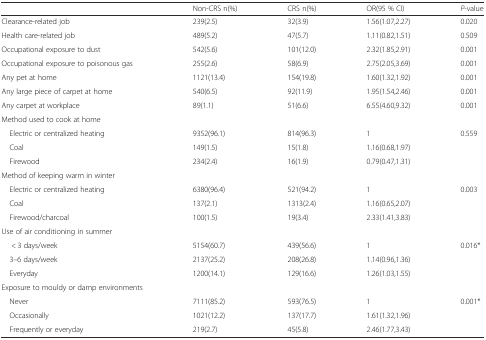
<table><thead><tr><td></td><td><b>Non-CRS n(%)</b></td><td><b>CRS n(%)</b></td><td><b>OR(95 % CI)</b></td><td><b><i>P</i>-value</b></td></tr></thead><tbody><tr><td>Clearance-related job</td><td>239(2.5)</td><td>32(3.9)</td><td>1.56(1.07,2.27)</td><td>0.020</td></tr><tr><td>Health care-related job</td><td>489(5.2)</td><td>47(5.7)</td><td>1.11(0.82,1.51)</td><td>0.509</td></tr><tr><td>Occupational exposure to dust</td><td>542(5.6)</td><td>101(12.0)</td><td>2.32(1.85,2.91)</td><td>0.001</td></tr><tr><td>Occupational exposure to poisonous gas</td><td>255(2.6)</td><td>58(6.9)</td><td>2.75(2.05,3.69)</td><td>0.001</td></tr><tr><td>Any pet at home</td><td>1121(13.4)</td><td>154(19.8)</td><td>1.60(1.32,1.92)</td><td>0.001</td></tr><tr><td>Any large piece of carpet at home</td><td>540(6.5)</td><td>92(11.9)</td><td>1.95(1.54,2.46)</td><td>0.001</td></tr><tr><td>Any carpet at workplace</td><td>89(1.1)</td><td>51(6.6)</td><td>6.55(4.60,9.32)</td><td>0.001</td></tr><tr><td>Method used to cook at home</td><td></td><td></td><td></td><td></td></tr><tr><td> Electric or centralized heating</td><td>9352(96.1)</td><td>814(96.3)</td><td>1</td><td>0.559</td></tr><tr><td> Coal</td><td>149(1.5)</td><td>15(1.8)</td><td>1.16(0.68,1.97)</td><td></td></tr><tr><td> Firewood</td><td>234(2.4)</td><td>16(1.9)</td><td>0.79(0.47,1.31)</td><td></td></tr><tr><td>Method of keeping warm in winter</td><td></td><td></td><td></td><td></td></tr><tr><td> Electric or centralized heating</td><td>6380(96.4)</td><td>521(94.2)</td><td>1</td><td>0.003</td></tr><tr><td> Coal</td><td>137(2.1)</td><td>1313(2.4)</td><td>1.16(0.65,2.07)</td><td></td></tr><tr><td> Firewood/charcoal</td><td>100(1.5)</td><td>19(3.4)</td><td>2.33(1.41,3.83)</td><td></td></tr><tr><td>Use of air conditioning in summer</td><td></td><td></td><td></td><td></td></tr><tr><td>&lt; 3 days/week</td><td>5154(60.7)</td><td>439(56.6)</td><td>1</td><td>0.016*</td></tr><tr><td> 3–6 days/week</td><td>2137(25.2)</td><td>208(26.8)</td><td>1.14(0.96,1.36)</td><td></td></tr><tr><td> Everyday</td><td>1200(14.1)</td><td>129(16.6)</td><td>1.26(1.03,1.55)</td><td></td></tr><tr><td>Exposure to mouldy or damp environments</td><td></td><td></td><td></td><td></td></tr><tr><td> Never</td><td>7111(85.2)</td><td>593(76.5)</td><td>1</td><td>0.001*</td></tr><tr><td> Occasionally</td><td>1021(12.2)</td><td>137(17.7)</td><td>1.61(1.32,1.96)</td><td></td></tr><tr><td> Frequently or everyday</td><td>219(2.7)</td><td>45(5.8)</td><td>2.46(1.77,3.43)</td><td></td></tr></tbody></table>